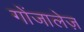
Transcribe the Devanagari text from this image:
गोंजालेज़